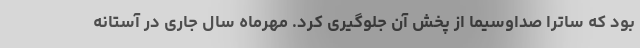
بود که ساترا صداوسیما از پخش آن جلوگیری کرد. مهرماه سال جاری در آستانه